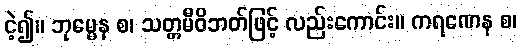
ငဲ့၍။ ဘုမ္မေန စ၊ သတ္တမီဝိဘတ်ဖြင့် လည်းကောင်း။ ကရဏေန စ၊